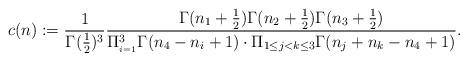
LaTeX: \begin{align*}c(n):=\frac{1}{\Gamma(\frac{1}{2})^{3}}\frac{\Gamma(n_{1}+\frac{1}{2})\Gamma(n_{2}+\frac{1}{2})\Gamma(n_{3}+\frac{1}{2})}{\Pi_{_{i=1}}^{3}\Gamma(n_{4}-n_{i}+1)\cdot\Pi_{1\leq j<k\leq3}\Gamma(n_{j}+n_{k}-n_{4}+1)}.\end{align*}